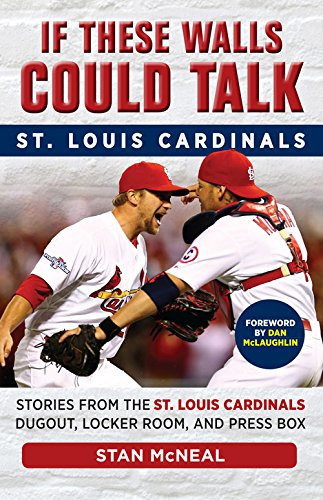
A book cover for If These Walls Could Talk: St. Louis Cardinals: Stories from the St. Louis Cardinals Dugout, Locker Room, and Press Box; Stan McNeal; Sports & Outdoors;